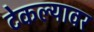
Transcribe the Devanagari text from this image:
टेकल्यावर